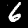
Label: 6